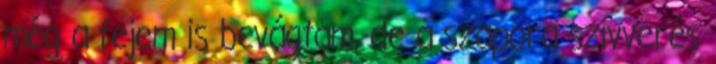
még a fejem is bevágtam, de a szapora szívverés